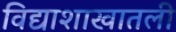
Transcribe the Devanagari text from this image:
विद्याशाखातली